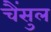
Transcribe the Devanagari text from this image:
चैंसुल